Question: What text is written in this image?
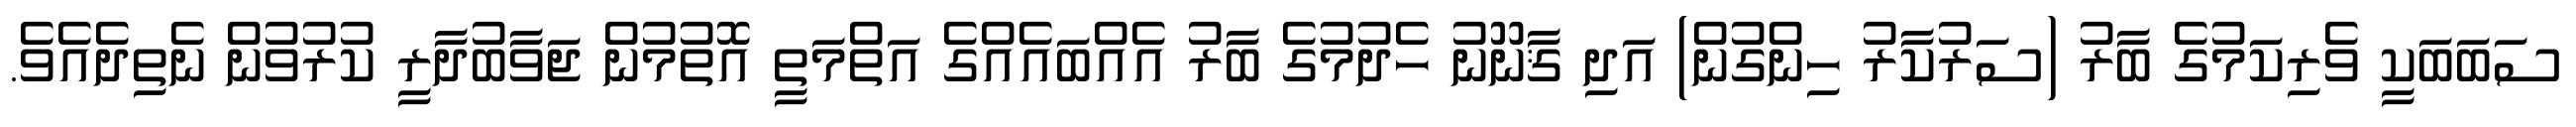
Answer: ސަބަބަކީ ވެރިކަމުގެ ބާރު (ސަރުކާރު ހިންގުން) އަދި ޤާނޫނު ހެދުމުގެ ބާރު އެއްބައެއްގެ އަތްމަތީ އޮތުމުން ޖަވާބުދާރީ ކުރުވުން ނެތިދެއެވެ.